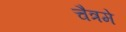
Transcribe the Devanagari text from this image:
चैत्रमे